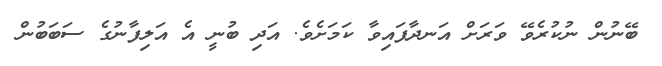
ބޭނުން ނުކުރެވޭ ވަރަށް އަނދާފައިވާ ކަމަށެވެ. އަދި ބުނީ އެ އަލިފާނުގެ ސަބަބުން